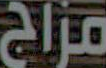
مزاج